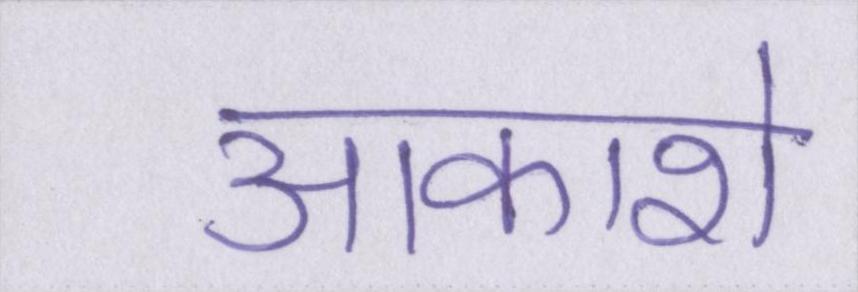
आकाशे